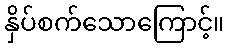
နှိပ်စက်သောကြောင့်။